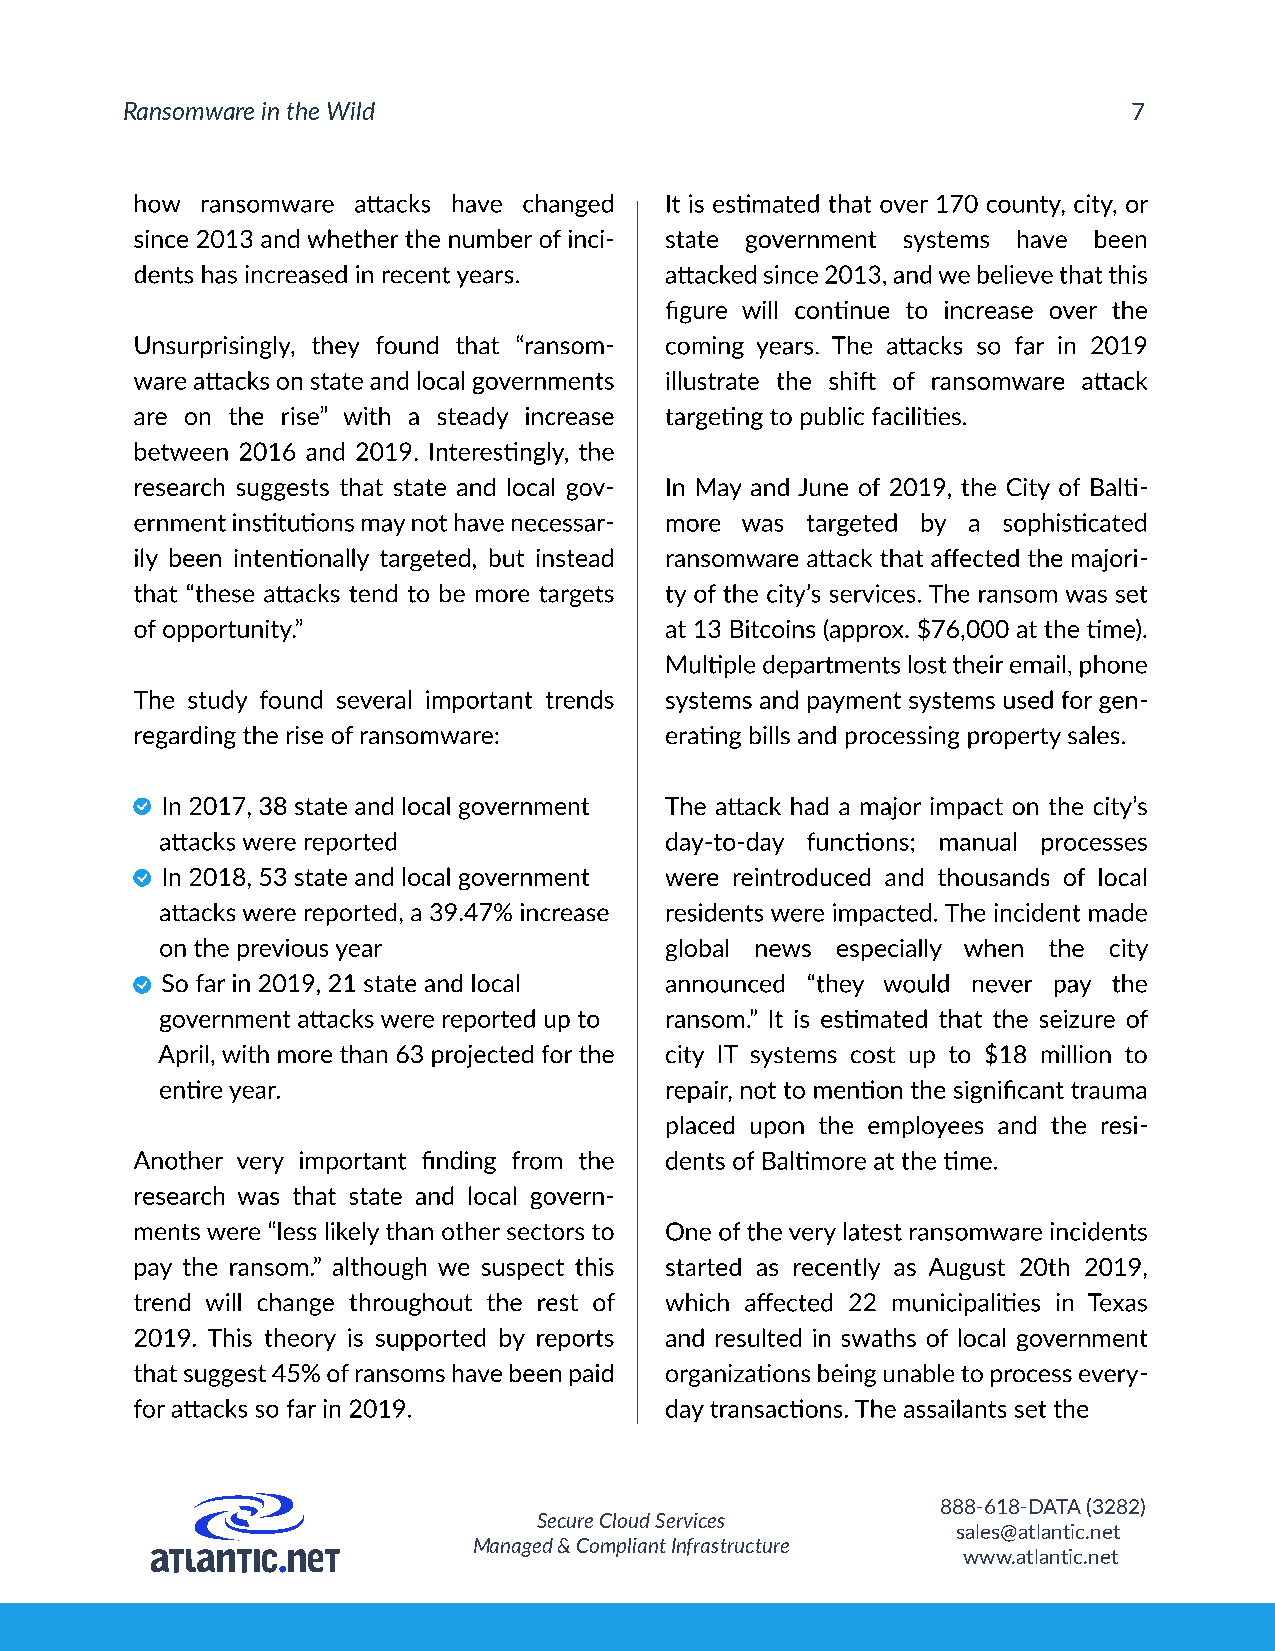
Ransomware in the Wild
 -
 -
 -                                  -
 -
 -
 -
 -
 -
 -
 888-618-DATA (3282)
 Secure Cloud Services
 sales@atlantic.net
 Managed & Compliant Infrastructure
 www.atlantic.net